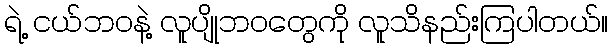
ရဲ့ ငယ်ဘဝနဲ့ လူပျိုဘဝတွေကို လူသိနည်းကြပါတယ်။